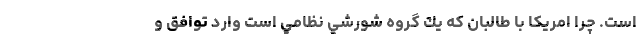
است. چرا امريكا با طالبان كه يك گروه شورشي نظامي است وارد توافق و